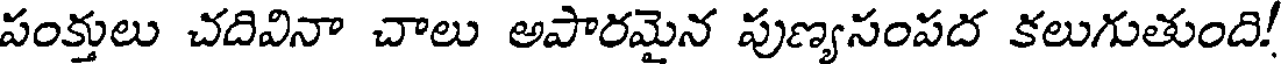
పంక్తులు చదివినా చాలు అపారమైన పుణ్యసంపద కలుగుతుంది!